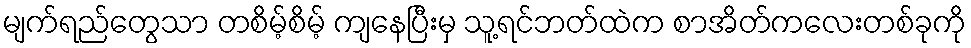
မျက်ရည်တွေသာ တစိမ့်စိမ့် ကျနေပြီးမှ သူ့ရင်ဘတ်ထဲက စာအိတ်ကလေးတစ်ခုကို